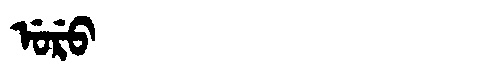
Manchu: ᡠᡵᡠ
Romanization: URU